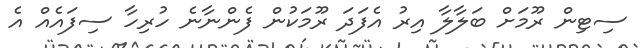
ސިޓިން ރޫމަށް ބަލާލާ އިރު އެފަދަ ރޫމަކުން ފެންނާނެ ހުރިހާ ސިފައެއް އެ